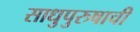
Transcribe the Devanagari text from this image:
साधुपुरुषाची